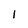
Character: I